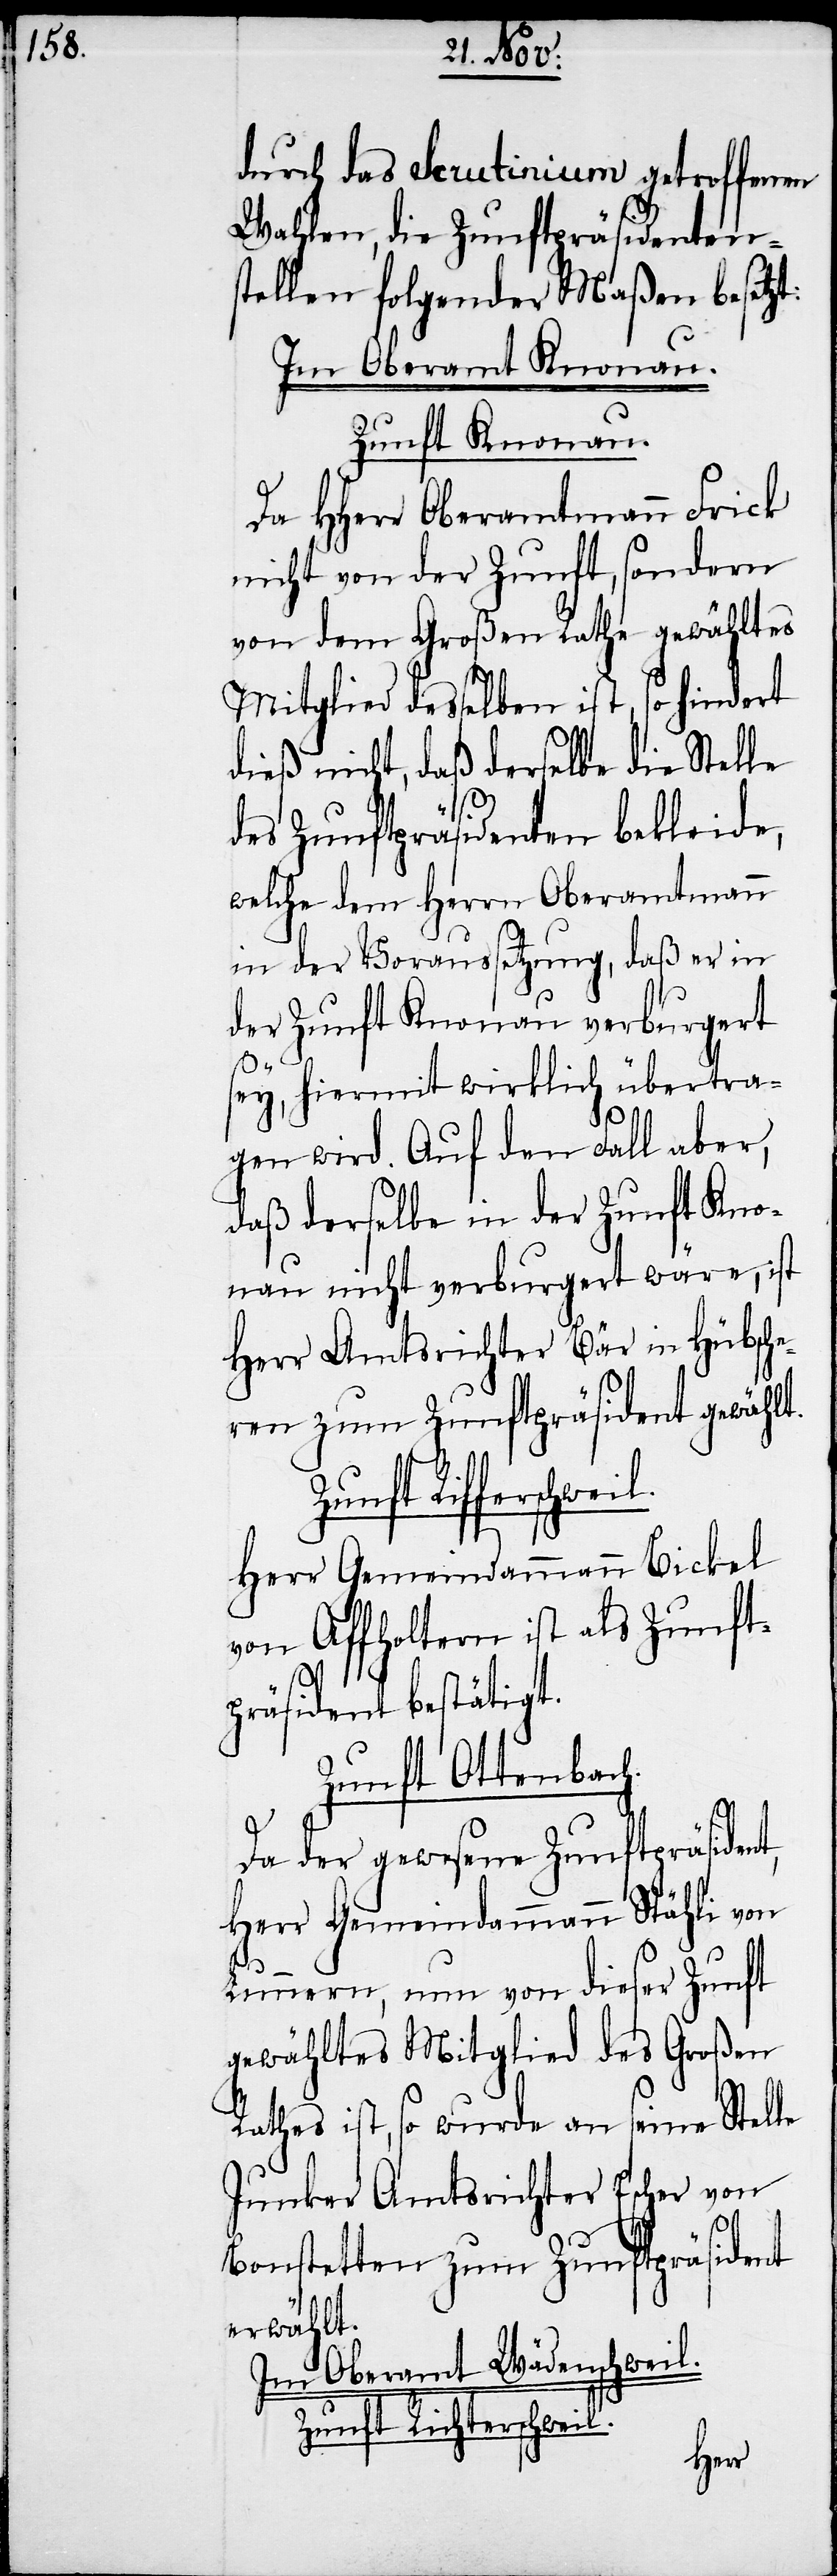
durch das Scrutinium getroffenen
Wahlen, die Zunftpräsidentens¬
tellen folgender Maßen besetzt:
Im Oberamt Knonau.
Zunft Knonau.
Da HHerr Oberamtmann Frick
nicht von der Zunft, sondern
von dem Großen Rathe gewähltes
Mitglied desselben ist, so hindert
dieß nicht, daß derselbe die Stelle
des Zunftpräsidenten bekleide,
welche dem Herrn Oberamtmann
in der Voraussetzung, daß er in
der Zunft Knonau verburgert
sey, hiermit wirklich übertra¬
gen wird. Auf den Fall aber,
daß derselbe in der Zunft Kno¬
nau nicht verburgert wäre, ist
Herr Amtsrichter Bär in Hübsche¬
ren zum Zunftpräsident gewählt.
Herr Gemeindammann Bickel
von Affholtern ist als Zunft¬
präsident bestätigt.
Zunft Ottenbach.
Da der gewesene Zunftpräsident,
Herr Gemeindammann Stähli von
Lunnern, nun von dieser Zunft
gewähltes Mitglied des Großen
Rathes ist, so wurde an seine Stelle
Junker Amtsrichter Escher von
Bonstetten zum Zunftpräsident
erwählt.
Im Oberamt Wädenschweil.
Zunft Richterschweil.